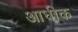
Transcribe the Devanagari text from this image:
आधीक